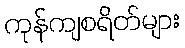
ကုန်ကျစရိတ်များ